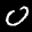
Label: 0